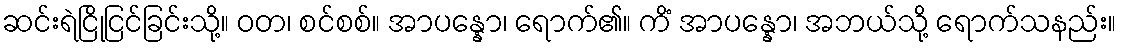
ဆင်းရဲငြိုငြင်ခြင်းသို့။ ဝတ၊ စင်စစ်။ အာပန္နော၊ ရောက်၏။ ကိံ အာပန္နော၊ အဘယ်သို့ ရောက်သနည်း။